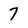
Character: 7